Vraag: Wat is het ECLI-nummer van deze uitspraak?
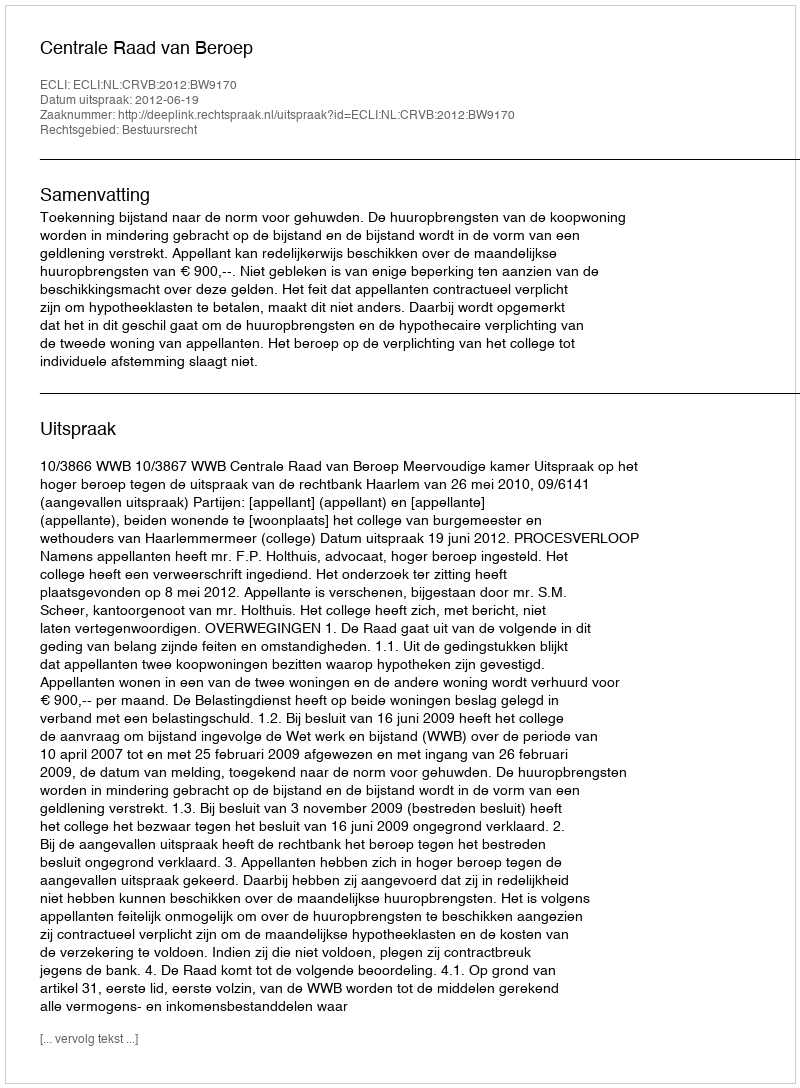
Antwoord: ECLI:NL:CRVB:2012:BW9170